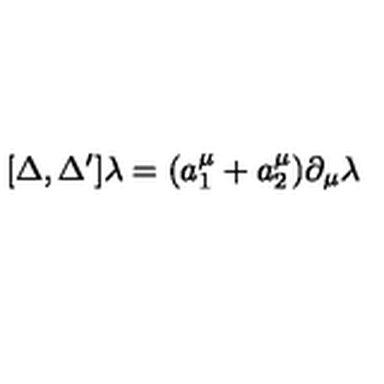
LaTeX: [ \Delta , \Delta ^ { \prime } ] \lambda = ( a _ { 1 } ^ { \mu } + a _ { 2 } ^ { \mu } ) \partial _ { \mu } \lambda